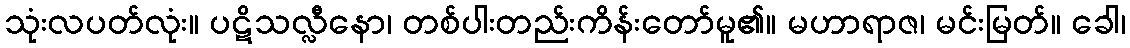
သုံးလပတ်လုံး။ ပဋိသလ္လီနော၊ တစ်ပါးတည်းကိန်းတော်မူ၏။ မဟာရာဇ၊ မင်းမြတ်။ ခေါ၊